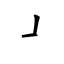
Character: ㇘